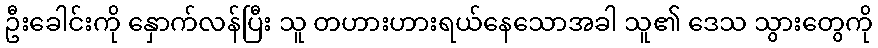
ဦးခေါင်းကို နှောက်လန်ပြီး သူ တဟားဟားရယ်နေသောအခါ သူ၏ ဒေသ သွားတွေကို